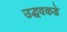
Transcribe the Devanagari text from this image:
उद्धवकडे